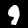
Label: 9